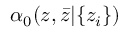
\alpha _ { 0 } ( z , { \bar { z } } | \{ z _ { i } \} )